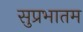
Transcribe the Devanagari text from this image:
सुप्रभातम